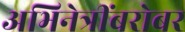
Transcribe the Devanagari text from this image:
अभिनेत्रींबरोबर